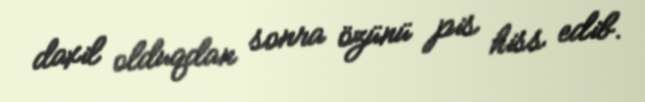
daxil olduqdan sonra özünü pis hiss edib.